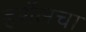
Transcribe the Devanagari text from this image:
हर्शेलचा